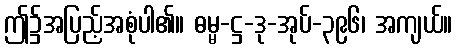
ဤ၌အပြည့်အစုံပါ၏။ ဓမ္မ-ဋ္ဌ-ဒု-အုပ်-၃၉၆၊ အကျယ်။